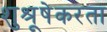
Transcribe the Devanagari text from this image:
शुश्रूषेकरता